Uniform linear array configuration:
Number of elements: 32
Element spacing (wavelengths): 0.5
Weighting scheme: exponential
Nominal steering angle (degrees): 30
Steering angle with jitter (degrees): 29.382
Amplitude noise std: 0.05
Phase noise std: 0.05

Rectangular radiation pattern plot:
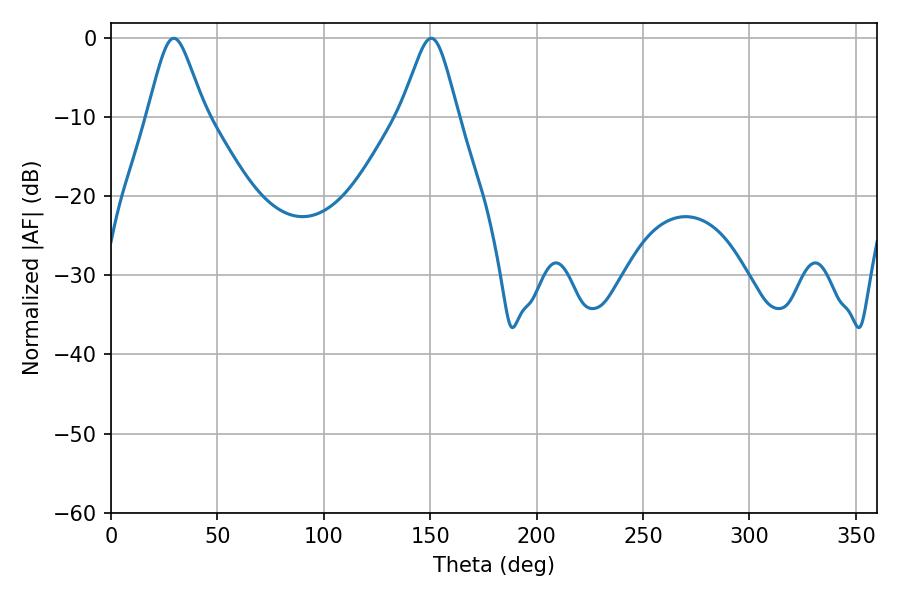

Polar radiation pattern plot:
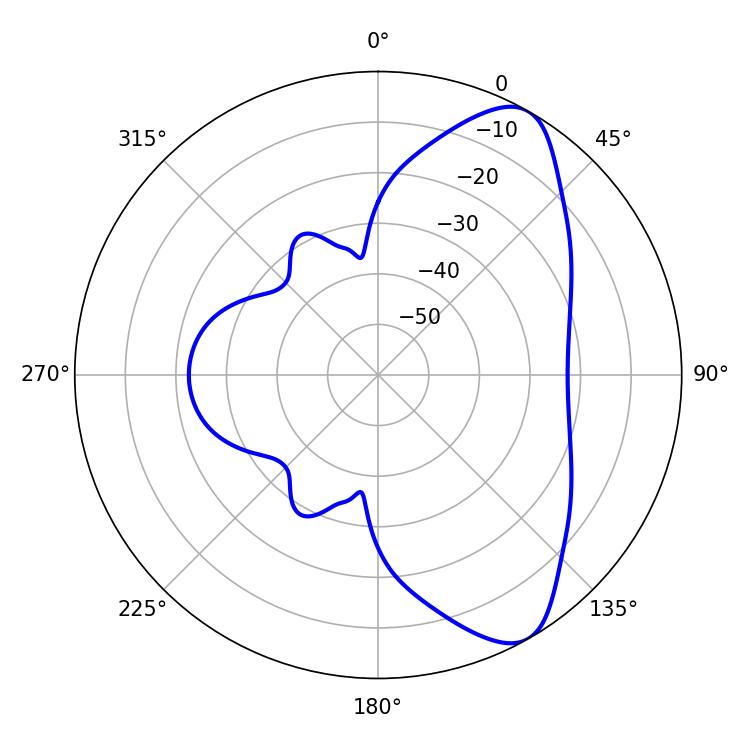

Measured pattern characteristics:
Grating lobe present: FALSE
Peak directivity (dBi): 8.363
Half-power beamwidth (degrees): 13.14
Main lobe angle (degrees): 29.52